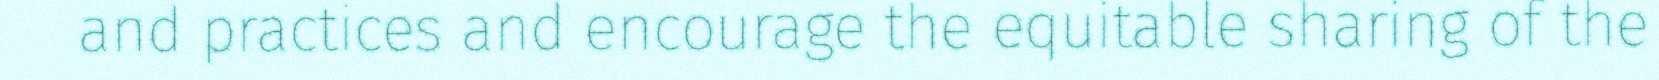
and practices and encourage the equitable sharing of the